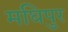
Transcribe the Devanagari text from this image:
मघिपुर